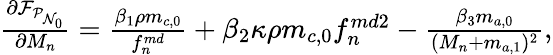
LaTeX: \begin{array}{r}{\frac{\partial\mathcal{F}_{\mathcal{P}_{\mathcal{N}_{0}}}}{\partial M_{n}}=\frac{\beta_{1}\rho m_{c,0}}{f_{n}^{md}}+\beta_{2}\kappa\rho m_{c,0}f_{n}^{md2}-\frac{\beta_{3}m_{a,0}}{(M_{n}+m_{a,1})^{2}},}\end{array}